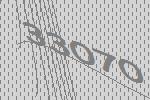
33070